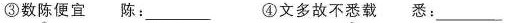
③数陈便宜 陈：___ ④文多故不悉载悉：___